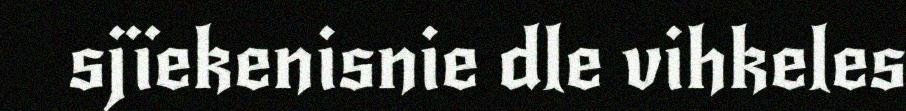
sjïekenisnie dle vihkeles